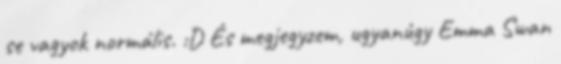
se vagyok normális. :D És megjegyzem, ugyanúgy Emma Swan